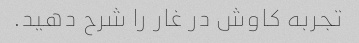
تجربه کاوش در غار را شرح دهید.